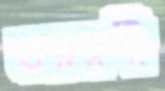
তরম্নণী